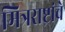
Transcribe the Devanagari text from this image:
मित्रराष्ट्रांचे